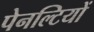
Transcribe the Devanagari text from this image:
पेनल्टियों